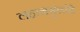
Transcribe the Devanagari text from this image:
लहानमुलांचे